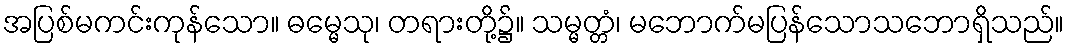
အပြစ်မကင်းကုန်သော။ ဓမ္မေသု၊ တရားတို့၌။ သမ္မတ္တံ၊ မဘောက်မပြန်သောသဘောရှိသည်။